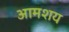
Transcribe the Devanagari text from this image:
आमशय